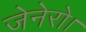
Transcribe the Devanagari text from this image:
जेनेरो।